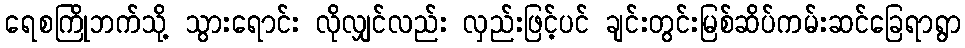
ရေစကြိုဘက်သို့ သွားရောင်း လိုလျှင်လည်း လှည်းဖြင့်ပင် ချင်းတွင်းမြစ်ဆိပ်ကမ်းဆင်ခြေရာရွာ